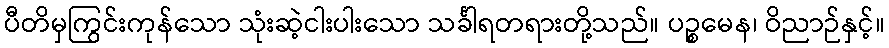
ပီတိမှကြွင်းကုန်သော သုံးဆဲ့ငါးပါးသော သင်္ခါရတရားတို့သည်။ ပဉ္စမေန၊ ဝိညာဉ်နှင့်။